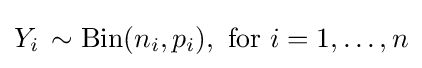
Y_{i}\,\sim \operatorname {Bin} (n_{i},p_{i}),{\text{ for }}i=1,\dots ,n